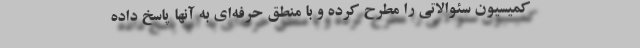
کمیسیون سئوالاتی را مطرح کرده و با منطق حرفه‌ای به آنها پاسخ داده